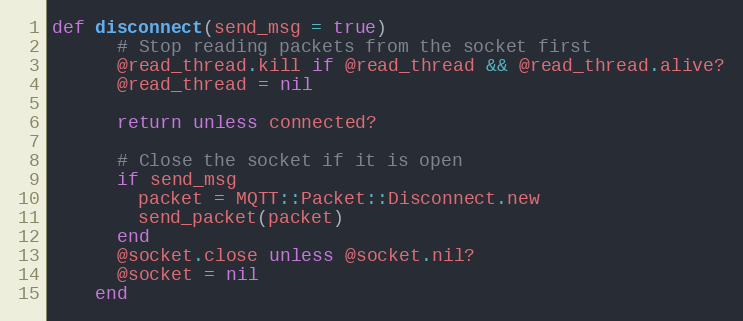
Language: Ruby
def disconnect(send_msg = true)
      # Stop reading packets from the socket first
      @read_thread.kill if @read_thread && @read_thread.alive?
      @read_thread = nil

      return unless connected?

      # Close the socket if it is open
      if send_msg
        packet = MQTT::Packet::Disconnect.new
        send_packet(packet)
      end
      @socket.close unless @socket.nil?
      @socket = nil
    end